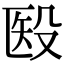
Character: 殹